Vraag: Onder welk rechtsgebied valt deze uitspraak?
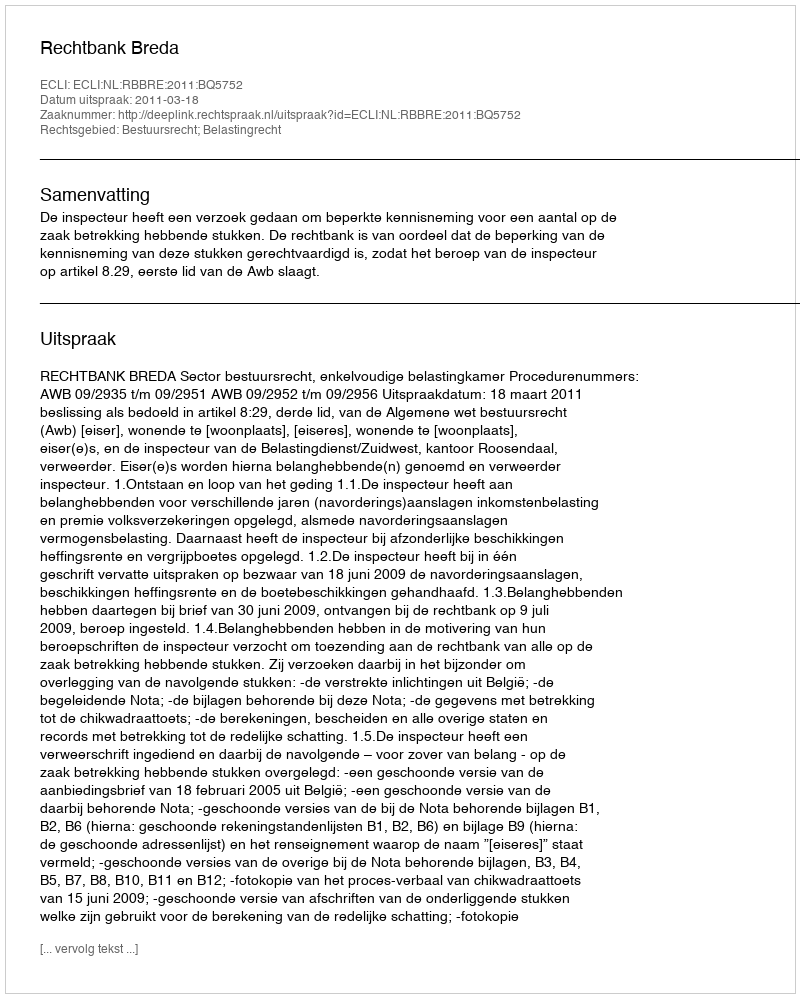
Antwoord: Bestuursrecht; Belastingrecht